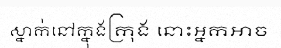
ស្នាក់នៅក្នុងក្រុង នោះអ្នកអាច